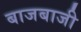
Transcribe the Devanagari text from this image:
बाजबाजी